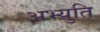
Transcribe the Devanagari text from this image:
अभ्युति